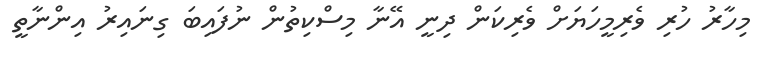
މިހާރު ހުރި ވެރިމީހަޔަށް ވެރިކަން ދިނީ އޭނާ މިސްކިތުން ނުފައިބަ ގިނައިރު އިންނާތީ